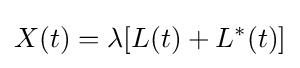
X(t)=\lambda [L(t)+L^{\ast }(t)]